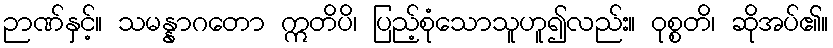
ဉာဏ်နှင့်။ သမန္နာဂတော ဣတိပိ၊ ပြည့်စုံသောသူဟူ၍လည်း။ ဝုစ္စတိ၊ ဆိုအပ်၏။